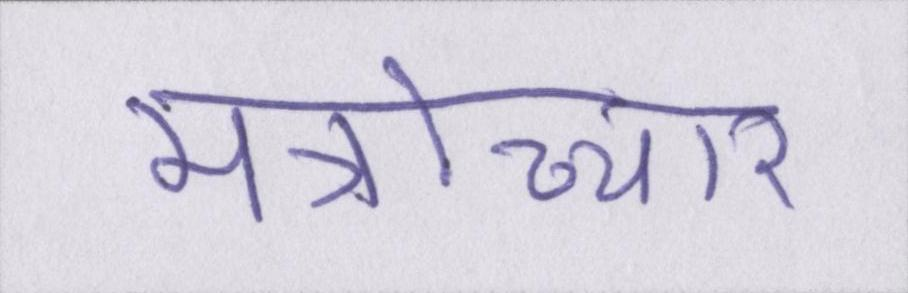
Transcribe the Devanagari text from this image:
मंत्रोच्चार